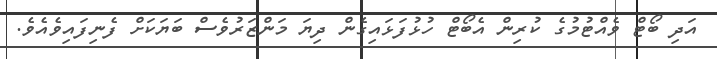
އަދި ބޯޓް ވެއްޓުމުގެ ކުރިން އެބޯޓް ހުޅުފަޅައިގެން ދިޔަ މަންޒަރުވެސް ބަޔަކަށް ފެނިފައިވެއެވެ.